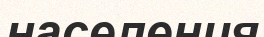
населения